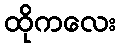
ထိုကလေး